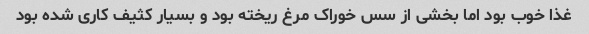
غذا خوب بود اما بخشی از سس خوراک مرغ ریخته بود و بسیار کثیف کاری شده بود